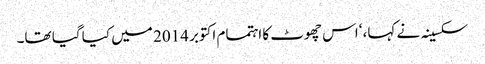
سکسینہ نے کہا، ‘اس چھوٹ کا اہتمام اکتوبر 2014 میں کیا گیا تھا۔